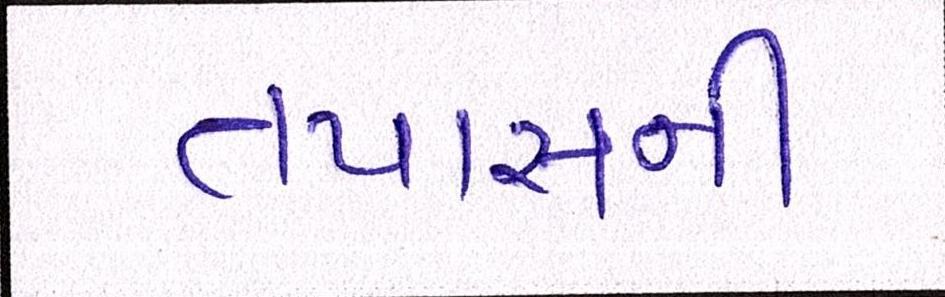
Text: તપાસની